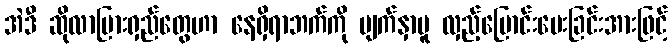
အဲဒီ ဆိုလာပြားရှည်တွေဟာ နေရှိရာဘက်ကို မျက်နှာမူ လှည့်ပြောင်းပေးခြင်းအားဖြင့်